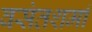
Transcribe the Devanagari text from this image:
वसंतशर्मा